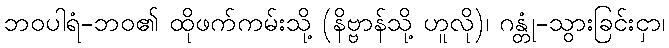
ဘဝပါရံ-ဘဝ၏ ထိုဖက်ကမ်းသို့ (နိဗ္ဗာန်သို့ ဟူလို)၊ ဂန္တုံ-သွားခြင်းငှာ၊